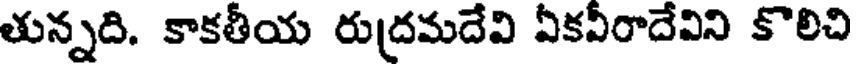
తున్నది. కాకతీయ రుద్రమదేవి ఏకవీరాదేవిని కొలిచి